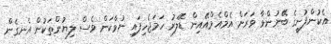
އެކުންފުނީގެ ބޭނުންވާ ވަރަށް އެމްއެމްއޭއިން ޑޮލަރު ހަމަޖެހިފައި ނުވާކަން ވެސް ލިޔުންތަކުން އެނގެން